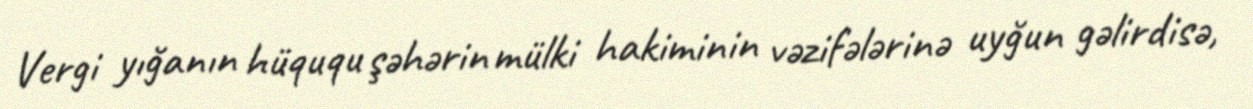
Vergi yığanın hüququ şəhərin mülki hakiminin vəzifələrinə uyğun gəlirdisə,